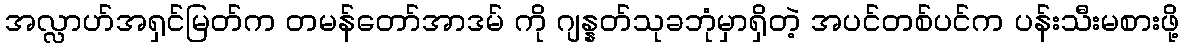
အလ္လာဟ်အရှင်မြတ်က တမန်တော်အာဒမ် ကို ဂျန္နတ်သုခဘုံမှာရှိတဲ့ အပင်တစ်ပင်က ပန်းသီးမစားဖို့